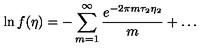
\ln f ( \eta ) = - \sum _ { m = 1 } ^ { \infty } { \frac { e ^ { - 2 \pi m \tau _ { 2 } \eta _ { 2 } } } { m } } + \dots